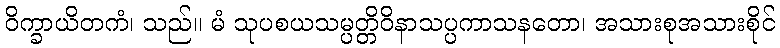
ဝိက္ခာယိတကံ၊ သည်။ မံ သုပစယသမ္ပတ္တိဝိနာသပ္ပကာသနတော၊ အသားစုအသားစိုင်